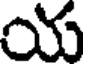
య